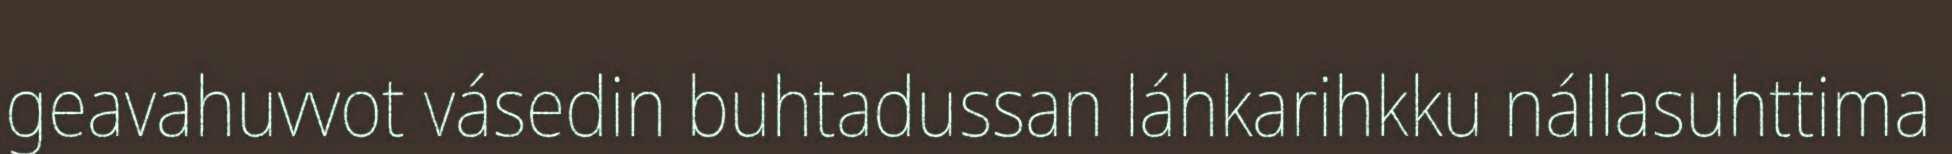
geavahuvvot vásedin buhtadussan láhkarihkku nállasuhttima